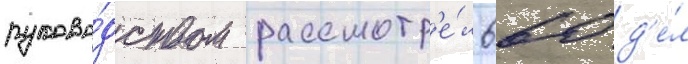
руково́дством рассмотр'е́л 660 д'е́л